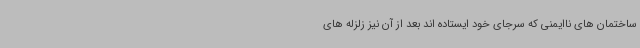
ساختمان های ناایمنی که سرجای خود ایستاده اند بعد از آن نیز زلزله های